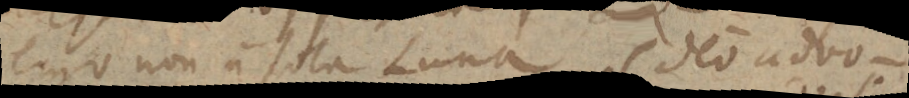
ergo non a sola Luna. Ideo advo-